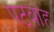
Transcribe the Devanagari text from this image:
पटबाह